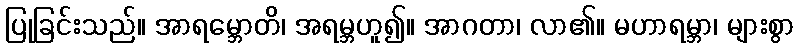
ပြုခြင်းသည်။ အာရမ္ဘောတိ၊ အရမ္ဘဟူ၍။ အာဂတာ၊ လာ၏။ မဟာရမ္ဘာ၊ များစွာ